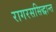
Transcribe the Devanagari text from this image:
रागरससिद्धान्त